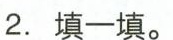
2.填一填。